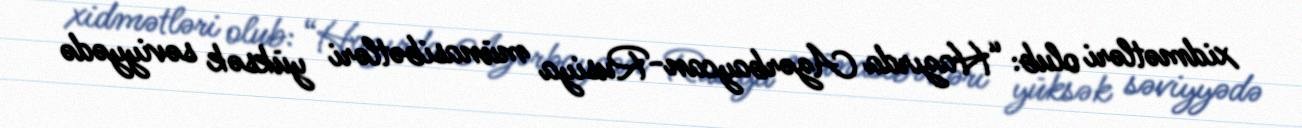
xidmətləri olub: “Hazırda Azərbaycan-Rusiya münasibətləri yüksək səviyyədə